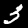
Label: 3